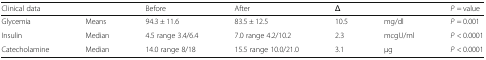
<table><thead><tr><td><b>Clinical data</b></td><td></td><td><b>Before</b></td><td><b>After</b></td><td><b>Δ</b></td><td></td><td><b><i>P</i> = value</b></td></tr></thead><tbody><tr><td>Glycemia</td><td>Means</td><td>94.3 ± 11.6</td><td>83.5 ± 12.5</td><td>10.5</td><td>mg/dl</td><td><i>P</i> = 0.001</td></tr><tr><td>Insulin</td><td>Median</td><td>4.5 range 3.4/6.4</td><td>7.0 range 4.2/10.2</td><td>2.3</td><td>mcgU/ml</td><td><i>P</i> &lt; 0.0001</td></tr><tr><td>Catecholamine</td><td>Median</td><td>14.0 range 8/18</td><td>15.5 range 10.0/21.0</td><td>3.1</td><td>μg</td><td><i>P</i> &lt; 0.0001</td></tr></tbody></table>